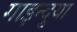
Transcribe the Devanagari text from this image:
गाइन्दुया